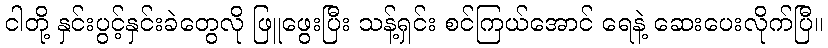
ငါတို့ နှင်းပွင့်နှင်းခဲတွေလို ဖြူဖွေးပြီး သန့်ရှင်း စင်ကြယ်အောင် ရေနဲ့ ဆေးပေးလိုက်ပြီ။